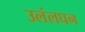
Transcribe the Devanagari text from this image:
उलंलघन